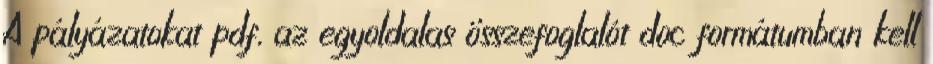
A pályázatokat pdf, az egyoldalas összefoglalót doc formátumban kell